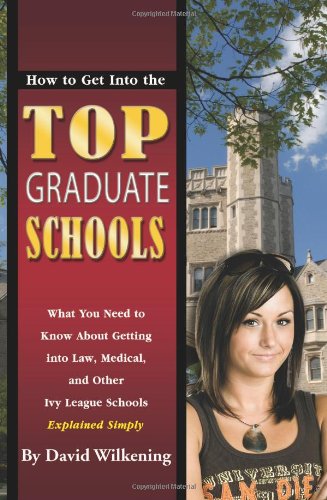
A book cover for How to Get into the Top Graduate Schools: What You Need to Know about Getting into Law, Medical, and Other Ivy League Schools Explained Simply; David Wilkening; Education & Teaching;